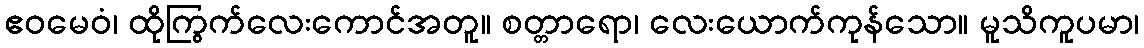
ဧဝမေဝံ၊ ထိုကြွက်လေးကောင်အတူ။ စတ္တာရော၊ လေးယောက်ကုန်သော။ မူသိကူပမာ၊